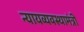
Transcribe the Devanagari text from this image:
न्यायव्यवस्थामंत्री